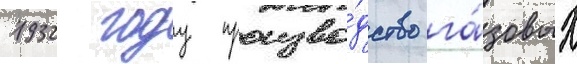
1932 году произво́дство га́зовых